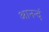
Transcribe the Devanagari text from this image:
आनन्दं